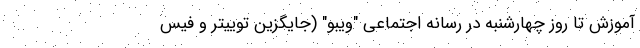
آموزش تا روز چهارشنبه در رسانه اجتماعی "ویبو" (جایگزین توییتر و فیس